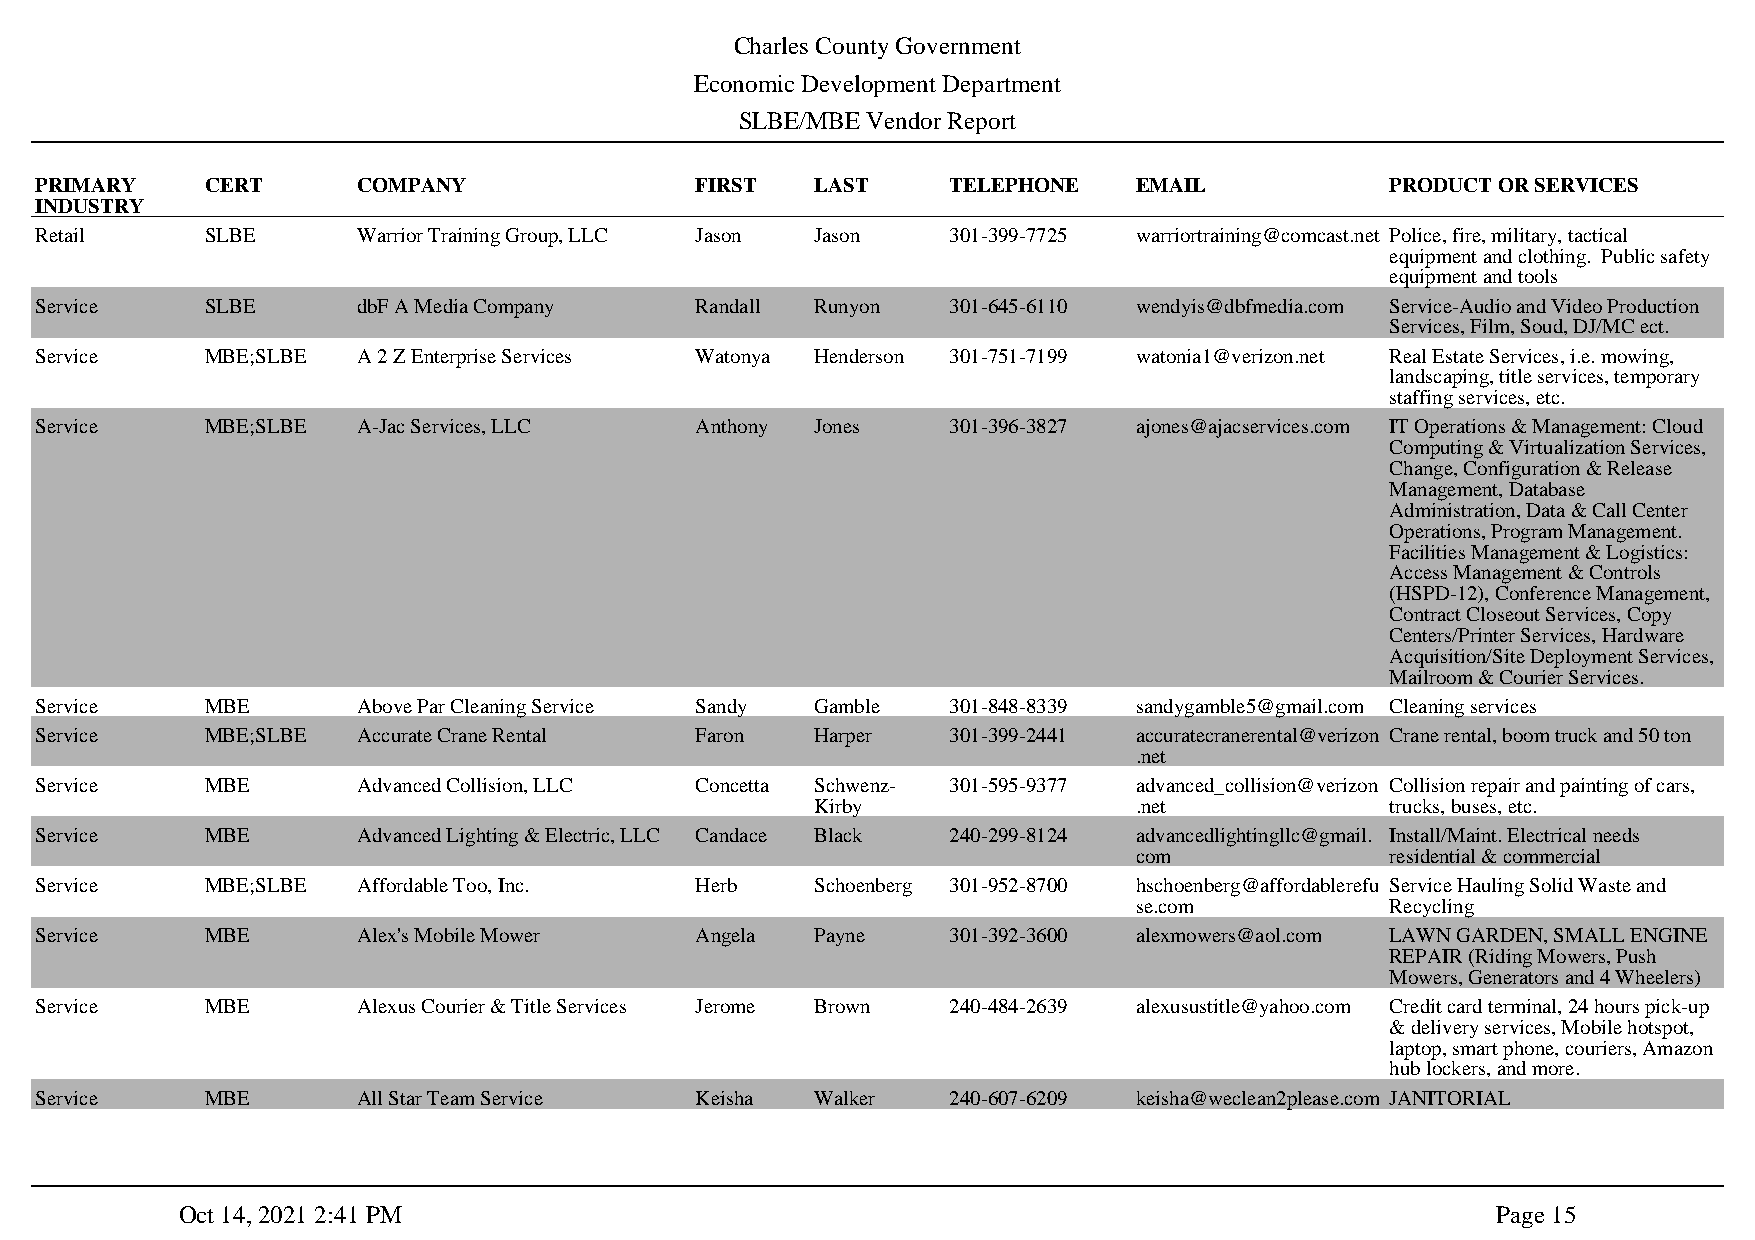
Charles County Government
 Economic Development Department
 SLBE/MBE Vendor Report
 PRIMARY     CERT      COMPANY               FIRST   LAST     TELEPHONE   EMAIL            PRODUCT OR SERVICES
 INDUSTRY
 Retail      SLBE      Warrior Training Group, LLC Jason Jason 301-399-7725 warriortraining@comcast.net Police, fire, military, tactical
 equipment and clothing. Public safety
 equipment and tools
 Service     SLBE      dbF A Media Company   Randall Runyon   301-645-6110 wendyis@dbfmedia.com Service-Audio and Video Production
 Services, Film, Soud, DJ/MC ect.
 Service     MBE;SLBE  A 2 Z Enterprise Services Watonya Henderson 301-751-7199 watonia1@verizon.net Real Estate Services, i.e. mowing,
 landscaping, title services, temporary
 staffing services, etc.
 Service     MBE;SLBE  A-Jac Services, LLC   Anthony Jones    301-396-3827 ajones@ajacservices.com IT Operations & Management: Cloud
 Computing & Virtualization Services,
 Change, Configuration & Release
 Management, Database
 Administration, Data & Call Center
 Operations, Program Management.
 Facilities Management & Logistics:
 Access Management & Controls
 (HSPD-12), Conference Management,
 Contract Closeout Services, Copy
 Centers/Printer Services, Hardware
 Acquisition/Site Deployment Services,
 Mailroom & Courier Services.
 Service     MBE       Above Par Cleaning Service Sandy Gamble 301-848-8339 sandygamble5@gmail.com Cleaning services
 Service     MBE;SLBE  Accurate Crane Rental Faron   Harper   301-399-2441 accuratecranerental@verizon Crane rental, boom truck and 50 ton
 .net
 Service     MBE       Advanced Collision, LLC Concetta Schwenz- 301-595-9377 advanced_collision@verizon Collision repair and painting of cars,
 Kirby                .net             trucks, buses, etc.
 Service     MBE       Advanced Lighting & Electric, LLC Candace Black 240-299-8124 advancedlightingllc@gmail. Install/Maint. Electrical needs
 com              residential & commercial
 Service     MBE;SLBE  Affordable Too, Inc.  Herb    Schoenberg 301-952-8700 hschoenberg@affordablerefu Service Hauling Solid Waste and
 se.com           Recycling
 Service     MBE       Alex's Mobile Mower   Angela  Payne    301-392-3600 alexmowers@aol.com LAWN GARDEN, SMALL ENGINE
 REPAIR (Riding Mowers, Push
 Mowers, Generators and 4 Wheelers)
 Service     MBE       Alexus Courier & Title Services Jerome Brown 240-484-2639 alexusustitle@yahoo.com Credit card terminal, 24 hours pick-up
 & delivery services, Mobile hotspot,
 laptop, smart phone, couriers, Amazon
 hub lockers, and more.
 Service     MBE       All Star Team Service Keisha  Walker   240-607-6209 keisha@weclean2please.com JANITORIAL
 Oct 14, 2021 2:41 PM                                                                   Page 15